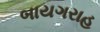
બાયગરાહ